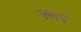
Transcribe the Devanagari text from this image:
फ्लप